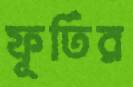
ফূর্তির